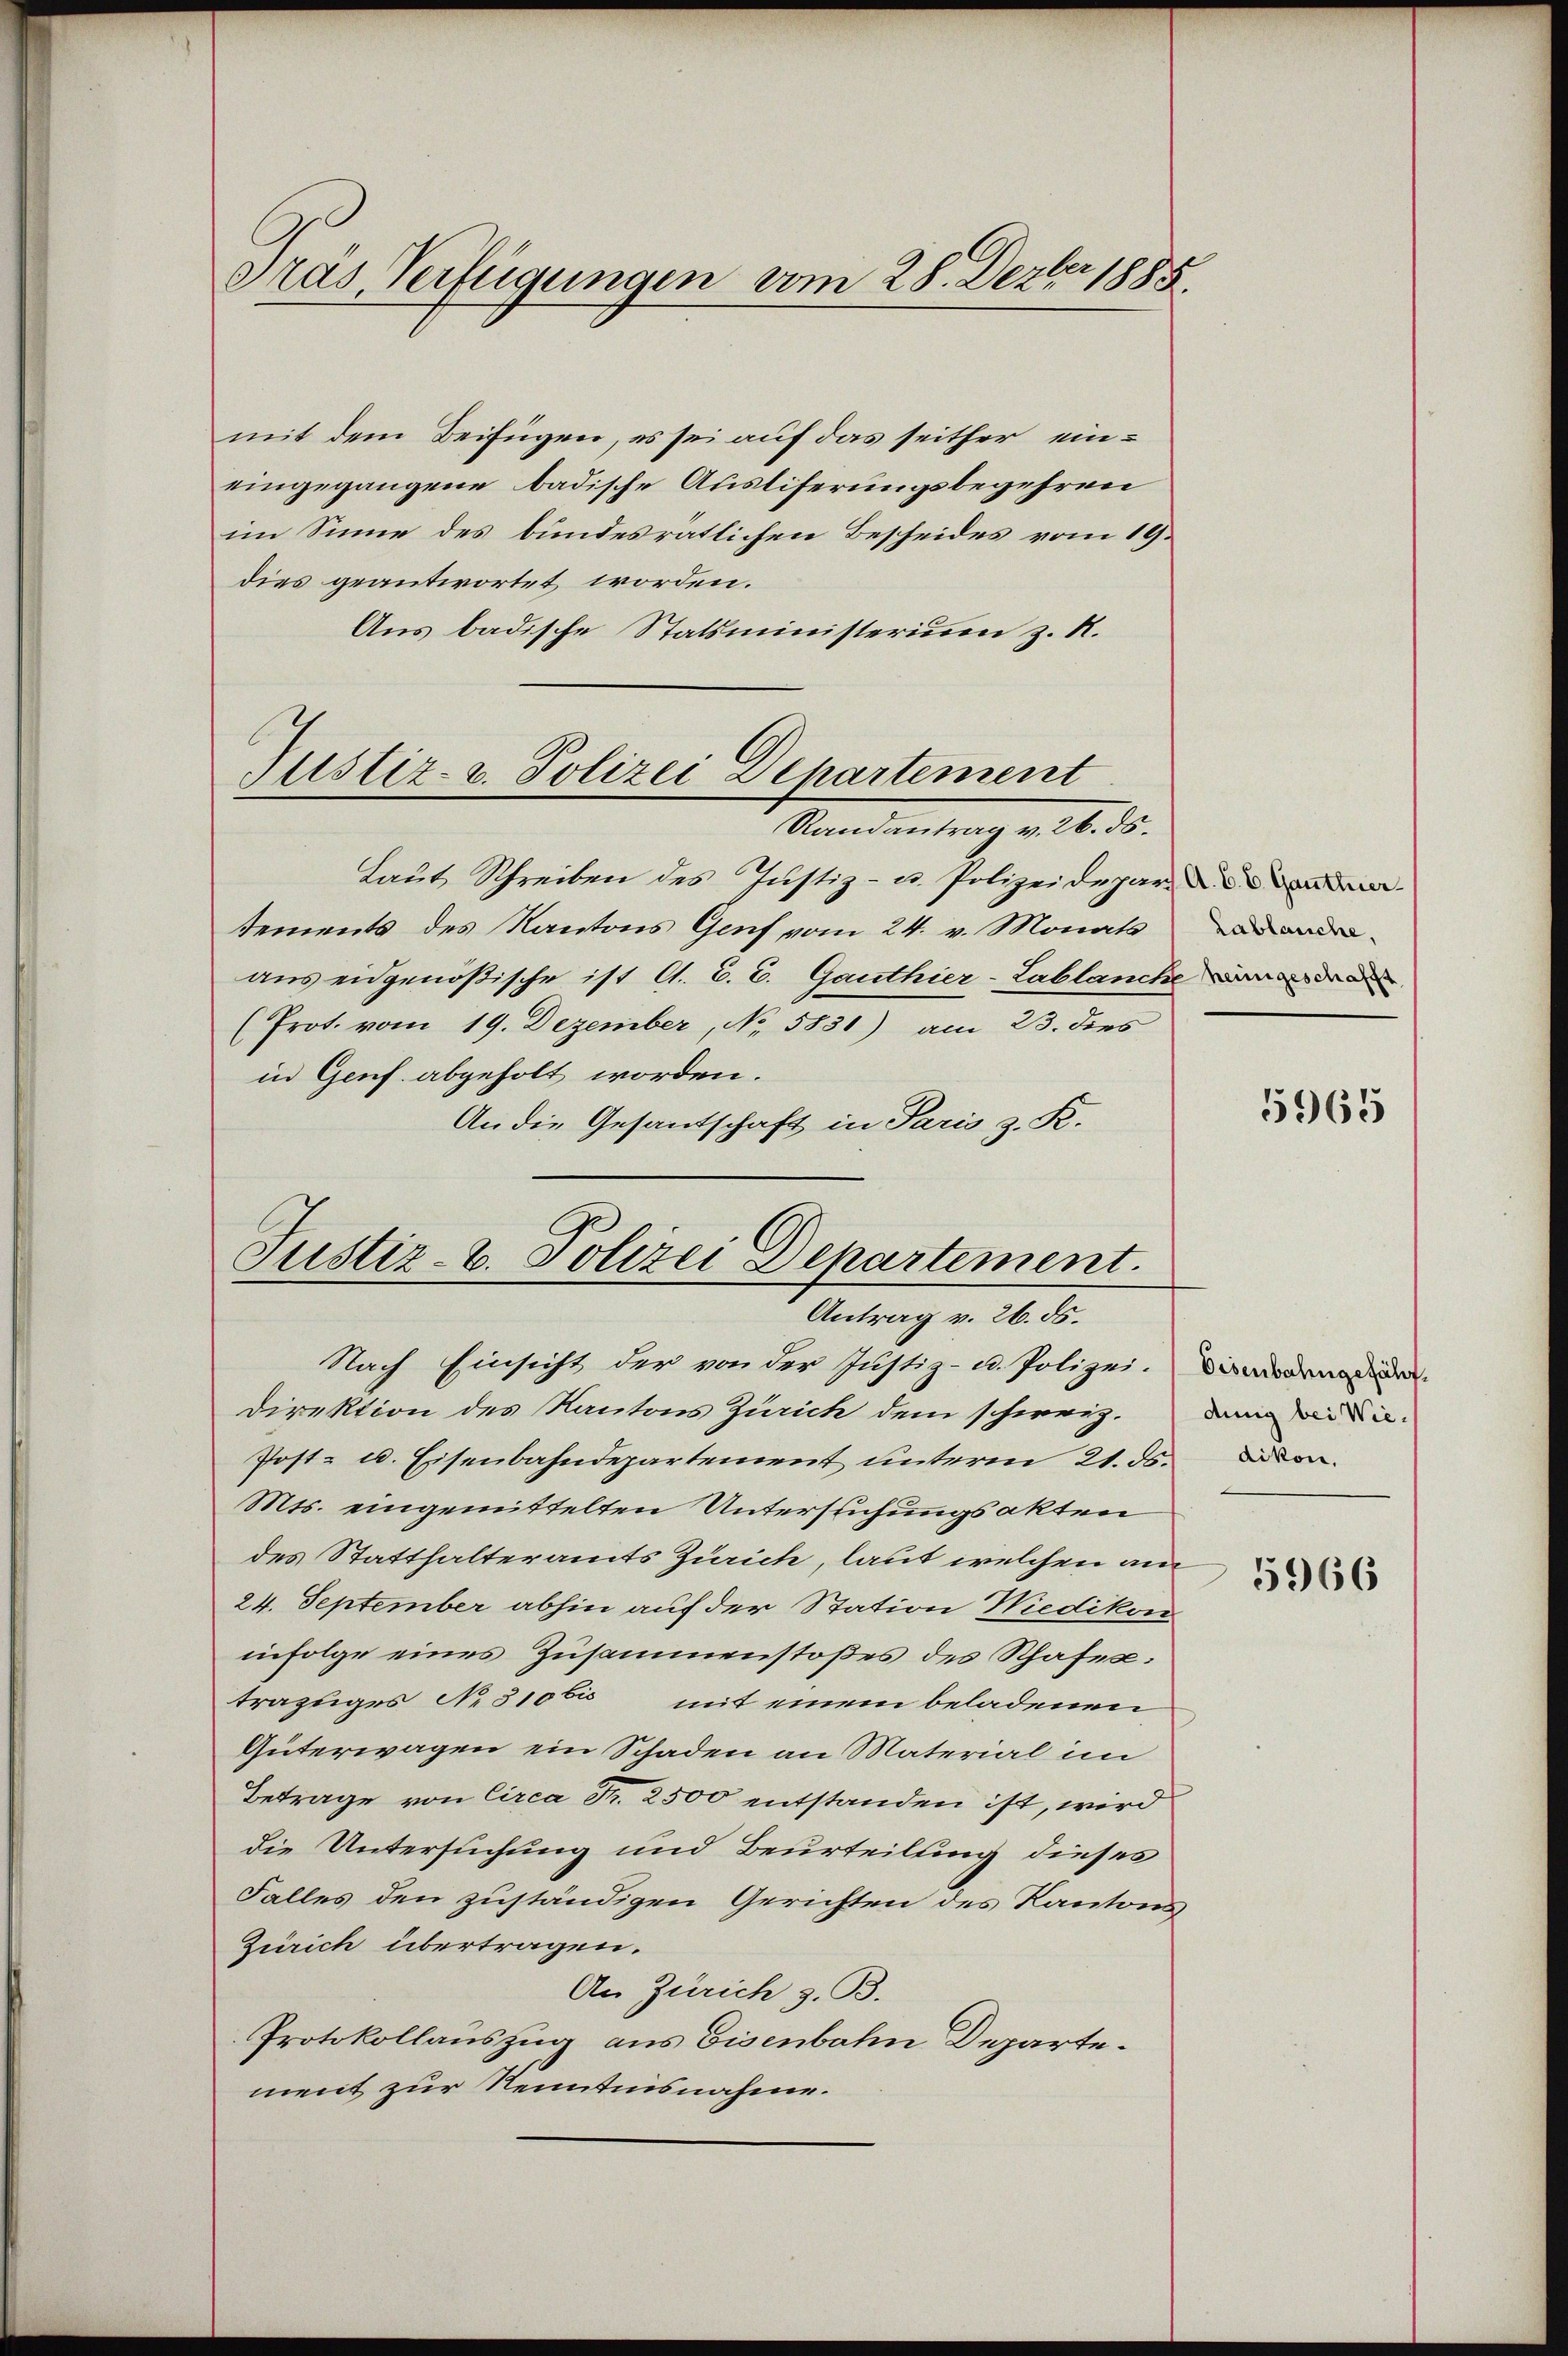
Gras Verfügungen vom 28. Dezbr 1885.

mit dem Beifügen, es sei auf das seither eineingegangene badische Ausliferungsbegehren
im Sinne des bundesratlichen Bescheides vom 19.
dies geantwortet worden.
Aus badische Statsministerium z. R.

Justiz- u. Polizei Departement
Randantrag v. 26. ds.

Laut Schreiben des Justiz- u. Polizeidepar
tements des Kantons Genf vom 24. v. Monats
aus eidgenößische ist A. E. E. Ganthier-Lablanche de
(Prot. vom 19. Dezember, No. 5831) am 23. dies
in Genf. abgeholt worden.
An die Gesandtschaft in Paris z. R.
Justiz- u. Polizei Departement.

Antrag v. 26. ds.

Nach Einsicht der von der Justiz- u. Polizei. Dierna
Direktion des Kantons Zürich dem schweiz. Da
Post- u. Eisenbahndepartement unterm 21. ds.
Mts. eingemittelten Untersuchungsakten
des Statthalteramts Zürich, laut welchen am
24. September abhin auf der Station Wiedikon
infolge eines Zusammenstoßes des Schafestrazuges No 310bi mit einem beladenen
Güterwagen ein Schaden an Material im
Betrage von Circa Fr. 2500 entstanden ist, wird
die Untersuchung und Beurteilung dieses
Falles den zuständigen Gerichten des Kantons
Zürich übertragen.
An Zürich z. B.
Protokollauszug aus Eisenbahn Departement zur Kenntnisnahme.

Lablauche.

5965

dikon.

5966